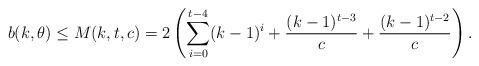
LaTeX: \begin{align*}b(k,\theta) \leq M(k,t,c)=2\left(\sum_{i=0}^{t-4} (k-1)^{i}+ \frac{(k-1)^{t-3}}{c}+\frac{(k-1)^{t-2}}{c}\right). \end{align*}